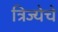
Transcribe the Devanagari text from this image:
त्रिज्येचे